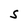
Character: S